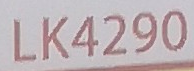
LK4290